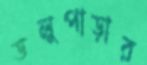
ডলুপাড়ার